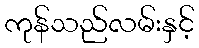
ကုန်သည်လမ်းနှင့်